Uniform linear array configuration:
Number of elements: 32
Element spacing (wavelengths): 0.25
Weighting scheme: cosine
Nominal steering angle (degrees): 45
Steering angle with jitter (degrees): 45.44
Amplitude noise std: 0.05
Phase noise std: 0.05

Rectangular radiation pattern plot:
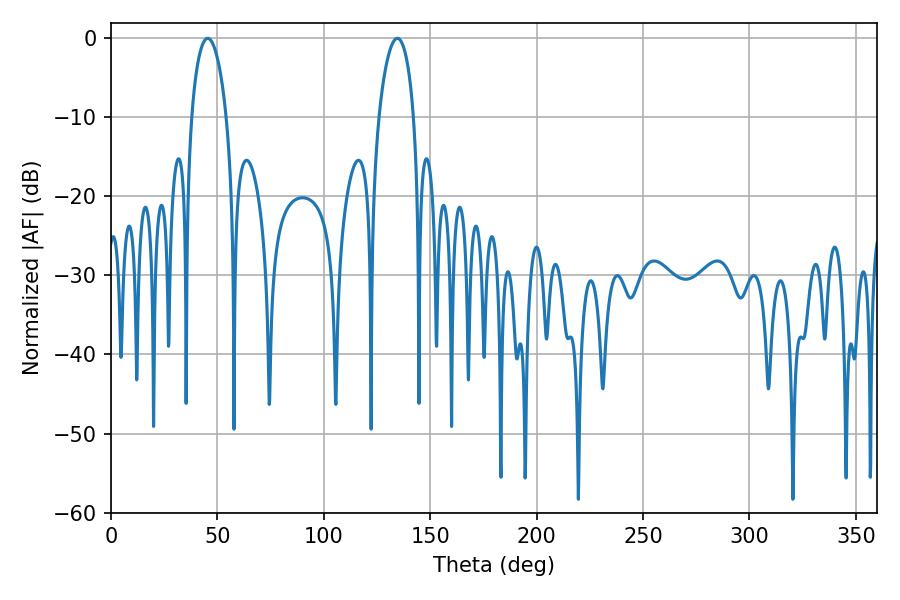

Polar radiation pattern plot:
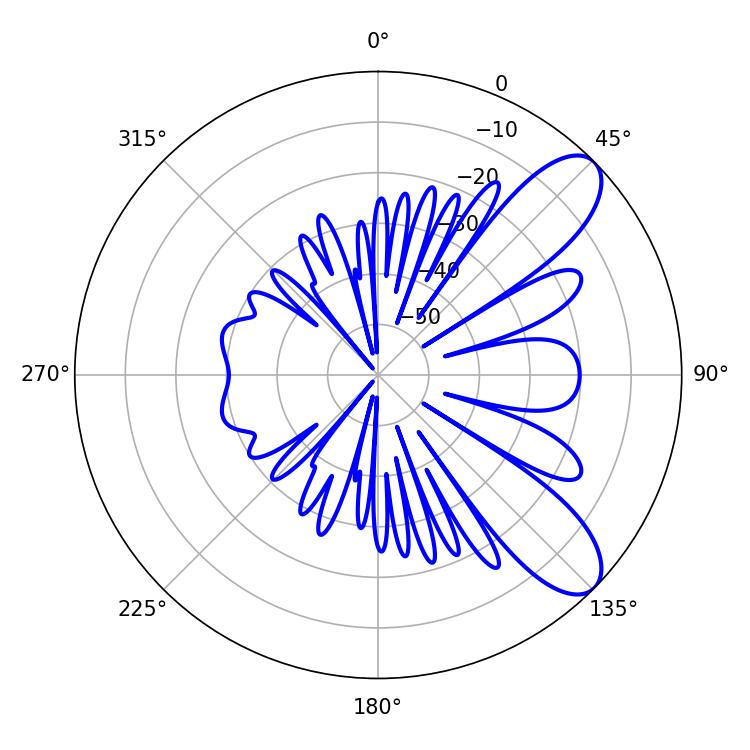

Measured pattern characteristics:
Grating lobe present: FALSE
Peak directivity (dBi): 8.934
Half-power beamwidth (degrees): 9.18
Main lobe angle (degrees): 45.36